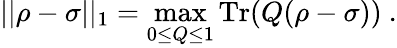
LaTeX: ||\rho-\sigma||_{1}=\operatorname*{max}_{0\leq Q\leq 1}\operatorname{Tr}(Q(\rho-\sigma))~.